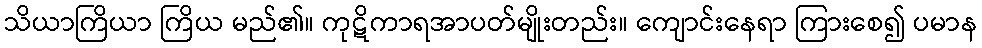
သိယာကြိယာ ကြိယ မည်၏။ ကုဋိကာရအာပတ်မျိုးတည်း။ ကျောင်းနေရာ ကြားစေ၍ ပမာန